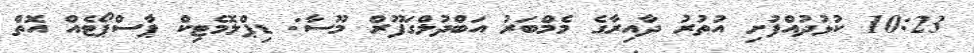
10:23 ކުޅުދުއްފުށި އުތުރު ދާއިރާގެ މެމްބަރު އަބްދުލްގަފޫރް މޫސާ: ޑިޕްލޮމެޓިކް ޕާސްޕޯޓެއް އޮތް